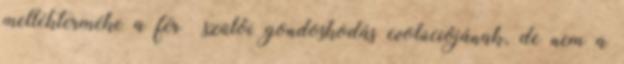
mellékterméke a férﬁ szülői gondoskodás evolúciójának, de nem a